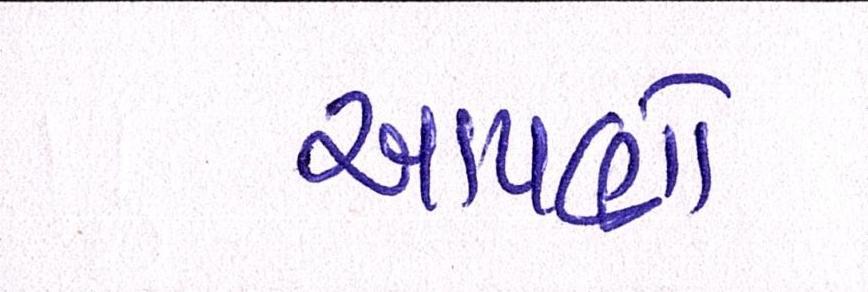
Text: આપણો